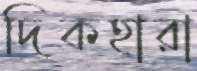
দিকহারা